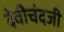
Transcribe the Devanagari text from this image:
देवीचंदजी